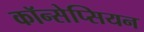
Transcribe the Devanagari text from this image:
कॉन्सेप्सियन